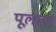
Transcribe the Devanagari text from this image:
पूलावर